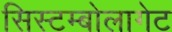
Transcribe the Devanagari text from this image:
सिस्टम्बोलागेट